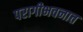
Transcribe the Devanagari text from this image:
परागीभवनात